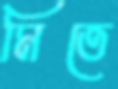
মিতে